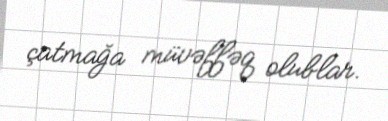
çatmağa müvəffəq olublar.